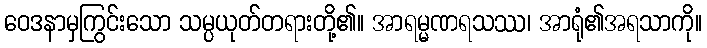
ဝေဒနာမှကြွင်းသော သမ္ပယုတ်တရားတို့၏။ အာရမ္မဏရသဿ၊ အာရုံ၏အရသာကို။